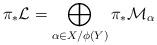
LaTeX: \begin{align*}\pi_*\mathcal{L}=\bigoplus_{\alpha\in X/\phi(Y)}\pi_*\mathcal{M}_\alpha\end{align*}